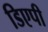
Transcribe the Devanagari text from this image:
डिएपी